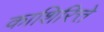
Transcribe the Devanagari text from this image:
काशिरित्ते